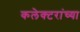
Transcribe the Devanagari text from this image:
कलेक्टरांच्या